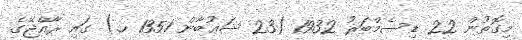
މިގޮތުން 22 ޑިސެމްބަރު 1932 (23 ޝަޢުބާން 1351 ހ.) ގައި ރާއްޖޭގެ